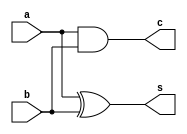
`timescale 1ns / 1ps
//////////////////////////////////////////////////////////////////////////////////
// Company: CASEST, University of Hyderabad
// 
// Design Name: 
// Module Name: ha
// Project Name: 
// Target Devices: 
// Tool Versions: 
// Description: 
// 
// Dependencies: 
// 
// Revision:
// Revision 0.01 - File Created
// Additional Comments:
// 
//////////////////////////////////////////////////////////////////////////////////


module ha( //better to write outputs first then inputs

    output s,
    output c,
        input a,
    input b
    );
    xor xr_1 (s,a,b); // A XOR B = SUM
    and an_1 (c,a,b); // A.B = CARRY
    
endmodule